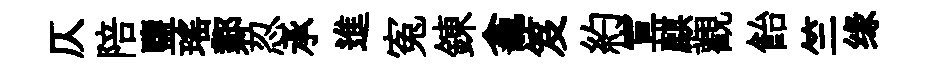
仄陪鹽瑤鄴忍承進寃錬龕笈約宣麒觀飴竺缘